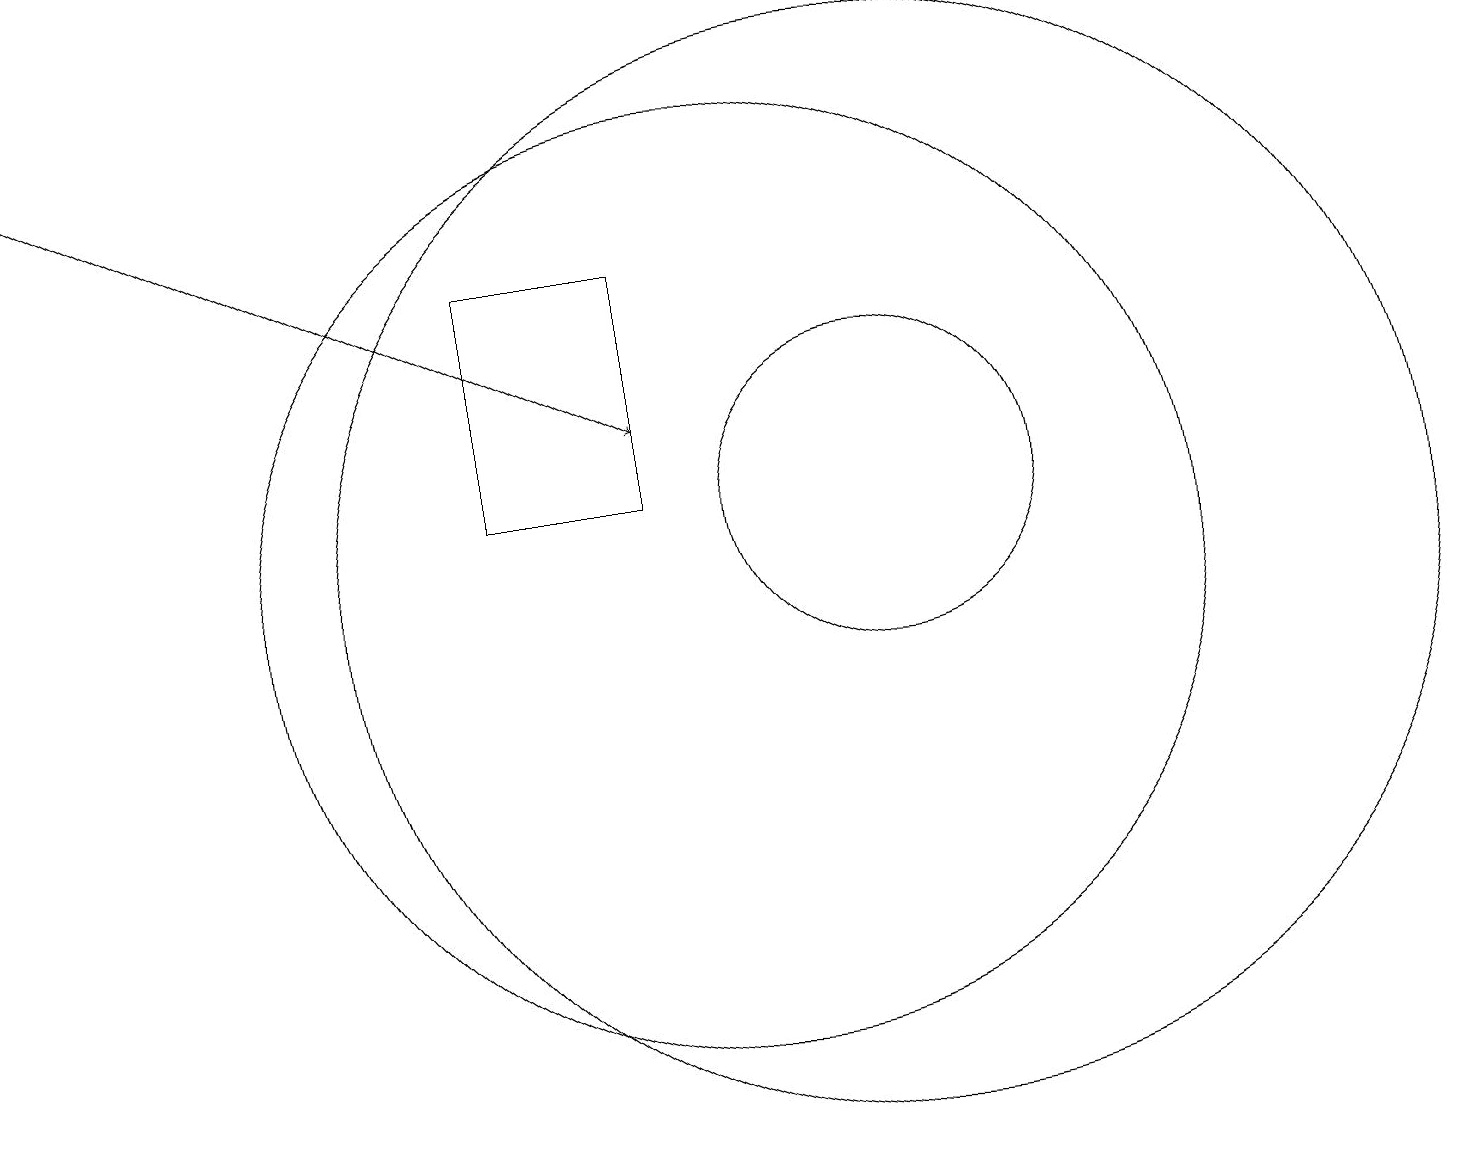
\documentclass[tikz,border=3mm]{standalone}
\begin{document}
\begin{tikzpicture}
\draw[->] (1,16) -- (9,12);
\draw (12,11) circle (2);
\draw (10,10) circle (6);
\draw (12,10) circle (7);
\draw (9,14) rectangle (7,11);
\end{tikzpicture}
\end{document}